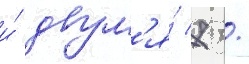
и́ двум'я́ 7 /